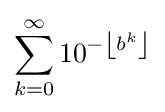
\sum _{k=0}^{\infty }10^{-\left\lfloor b^{k}\right\rfloor }